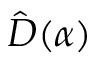
\hat { D } ( \alpha )